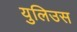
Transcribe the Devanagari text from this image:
युलिउस